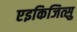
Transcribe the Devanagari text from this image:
एइकिजित्सु